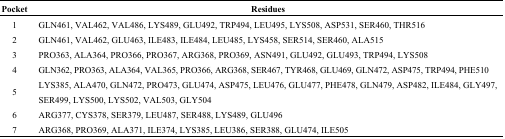
| Pocket | Residues |
 | --- | --- |
 | 1 | GLN461, VAL462, VAL486, LYS489, GLU492, TRP494, LEU495, LYS508, ASP531, SER460, THR516 |
 | 2 | GLN461, VAL462, GLU463, ILE483, ILE484, LEU485, LYS458, SER514, SER460, ALA515 |
 | 3 | PRO363, ALA364, PRO366, PRO367, ARG368, PRO369, ASN491, GLU492, GLU493, TRP494, LYS508 |
 | 4 | GLN362, PRO363, ALA364, VAL365, PRO366, ARG368, SER467, TYR468, GLU469, GLN472, ASP475, TRP494, PHE510 |
 | 5 | LYS385, ALA470, GLN472, PRO473, GLU474, ASP475, LEU476, GLU477, PHE478, GLN479, ASP482, ILE484, GLY497, SER499, LYS500, LYS502, VAL503, GLY504 |
 | 6 | ARG377, CYS378, SER379, LEU487, SER488, LYS489, GLU496 |
 | 7 | ARG368, PRO369, ALA371, ILE374, LYS385, LEU386, SER388, GLU474, ILE505 |